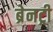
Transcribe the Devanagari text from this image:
ब्रेनट्री